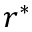
r ^ { \ast }